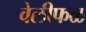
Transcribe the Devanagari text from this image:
वेलीफळ